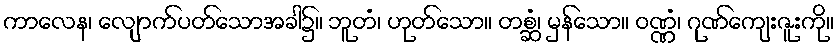
ကာလေန၊ လျောက်ပတ်သောအခါ၌။ ဘူတံ၊ ဟုတ်သော။ တစ္ဆံ၊ မှန်သော။ ဝဏ္ဏံ၊ ဂုဏ်ကျေးဇူးကို။